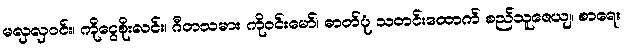
မလှလှဝင်း၊ ကိုငွေစိုးလင်း၊ ဂီတသမား ကိုဝင်းမော်၊ ဓာတ်ပုံ သတင်းထောက် စည်သူဇေယျ၊ စာရေး